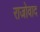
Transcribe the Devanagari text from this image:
राजोवाद